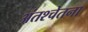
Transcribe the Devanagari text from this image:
अंतश्‍चेतना